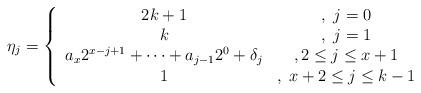
LaTeX: \begin{align*}\eta_j = \left\lbrace \begin{array}{cc}2k + 1 &, \;j=0 \\k &, \;j=1 \\a_{x} 2^{x-j+1} + \cdots + a_{j-1} 2^0 + \delta_j &, 2\leq j\leq x+1\\1 &, \;x+2\leq j\leq k-1\end{array}\right.\end{align*}